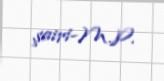
şairi-M.P.